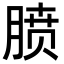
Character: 𪱥